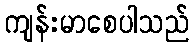
ကျန်းမာစေပါသည်